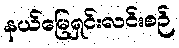
နယ်မြေရှင်းလင်းစဉ်